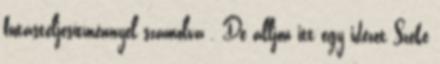
futásteljesítménnyel számolva . De álljon itt egy idézet Szeke